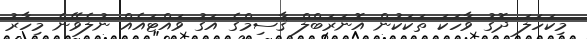
މިކަހަލަ ދޮގު ވާހަކަ ތަކަކުން އޮނަރަބްލް ޤާސިމްގެ އަގު ވައްޓައެއް ނުލެވޭނެ މިހާރު